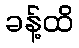
ခန့်ထိ